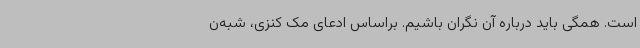
است. همگی باید درباره آن نگران باشیم. براساس ادعای مک کنزی، شبه‌ن